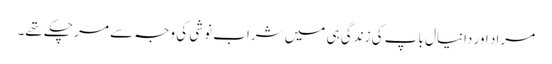
مراد اور دانیال باپ کی زندگی ہی میں شراب نوشی کی وجہ سے مر چکے تھے۔